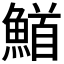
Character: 𮬅